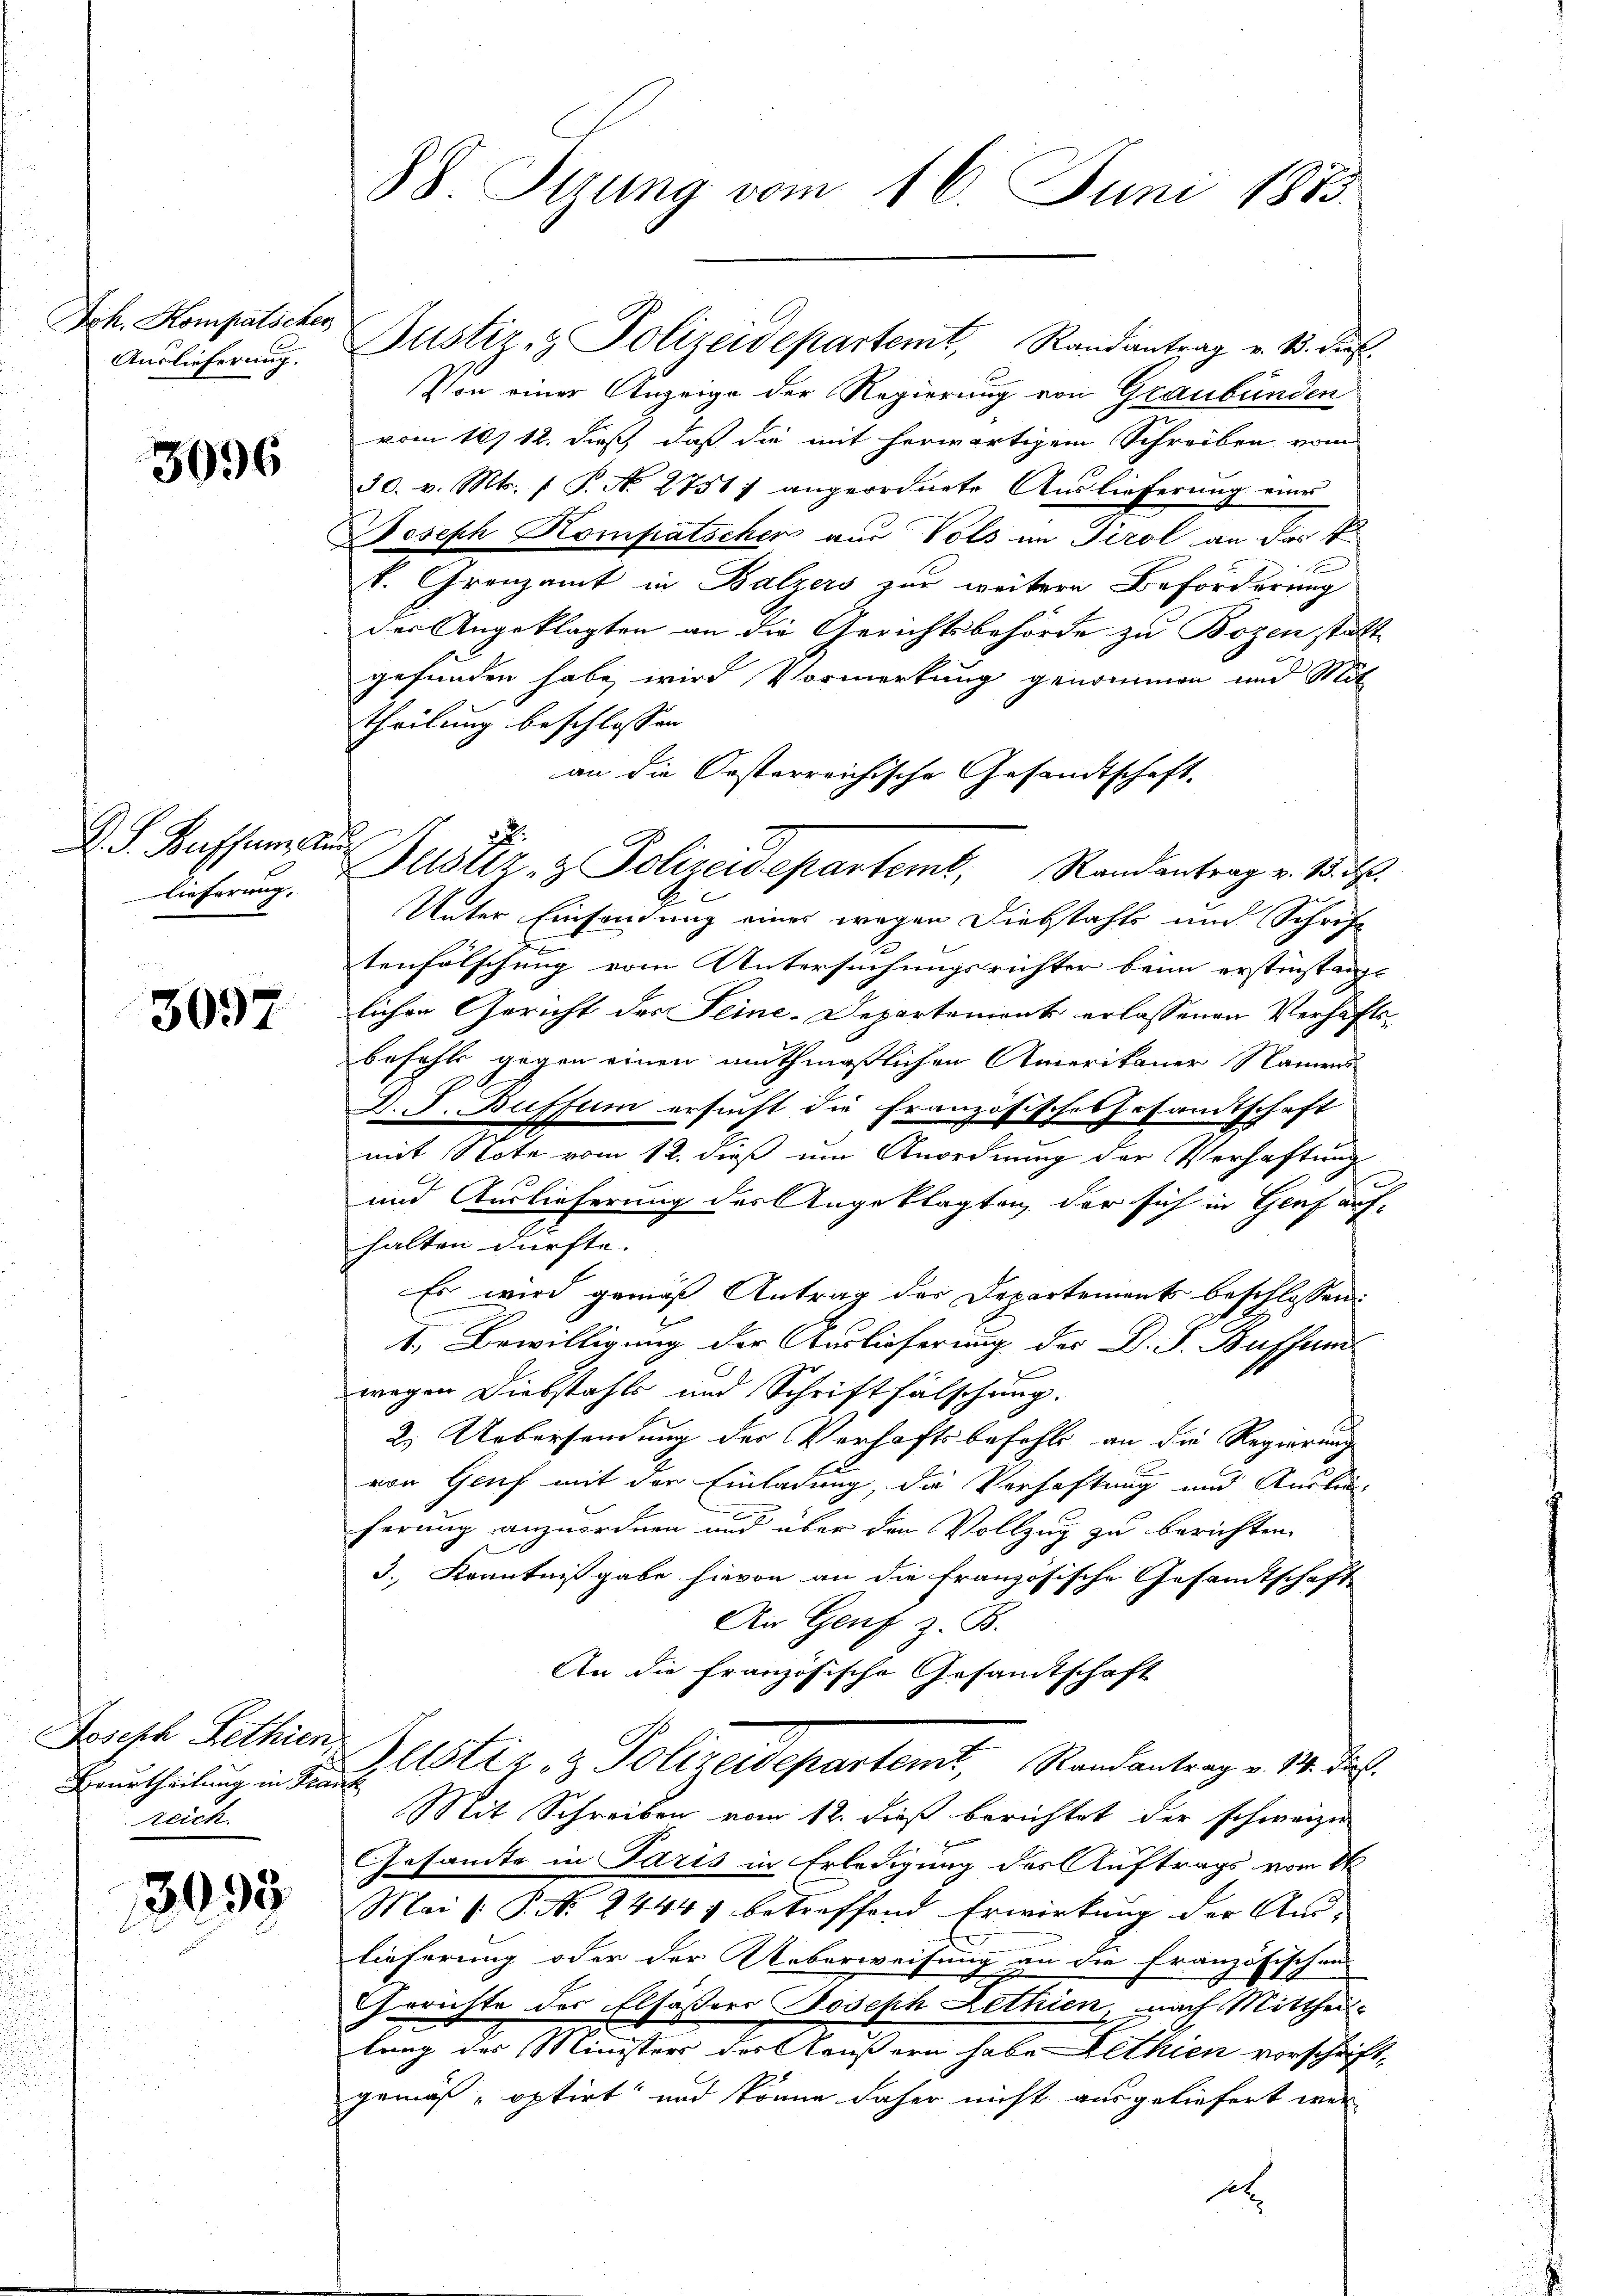
Joh. Kompatscher
Auslieferung.

3096

D. S. Bassen ande
lieferung.

3097

Joseph Pethien,
Beurtheilung in Franz
reich.

3093

Justiz- & Polizeidepartemt, Randantrag v. B. dies
Von einer Anzeige der Regierung von Graubünden
vom 107 12. dieß daß die mit herwärtigem Schreiben vom
30. v. Mts. 1 P. N. 2751) angeordnete Auslieferung eine
Joseph Kompatscher aus Vols im Tirol an das V.
k. Grenzamt in Balzers zur weitere Beförderung
der Angeklagten an die Gerichtsbehörde zu Bozen statt
gefunden habe, wird Vormerkung genommen und Mit
theilung beschlossen
an die Oesterreichische Gesandtschaft.
Unter Einsendung eines wegen Diebstahls und Schrift
tenfälschung vom Untersuchungsrichter beim erstinstanzt
lichen Gericht des Seine-Departement erlassenen Verhaftsbefehls gegen einen muthmaßlichen Amerikaner Namens
D. J. Buffum ersucht die Französisches Gesandtschaft
mit Note vom 12. dieß um Anordnung der Verhaftung
und Auslieferung des Angeklagten der sich in Genf auf-
halten dürfte.
Es wird gemäß Antrag der Departements beschlossen:
I. Bewilligung der Auslieferung der D. S. Bufferm
wegen Diebstahls und Schriftfälschung.
2.) Uebersendung des Verhaftsbefehls an die Regierung
von Genf mit der Einladung, die Verhaftung und Auslieferung anzuordnen und über den Vollzug zu berichten
3., Kenntnißgabe hievon an die französische Gesandtschaft
An Genf z. B.
An die Französische Gesandtschaft
Blustiz- & Polizeidepartemt, Randantrag v. 14. dies
Mit Schreiben vom 12. dieß berichtet der schwarzer
Gesandte in Paris in Erledigung des Auftrags vom 26
Mai l. P. N. 2444 betreffend Erwirkung der Anlieferung oder der Ueberweisung an die Französischen
Gerichte des Elsassers Joseph Lethien, nach Mittheil-
lung des Ministers der Käußern habe Althien vorschrift,
gemäß, optirt und könne daher nicht ausgeliefert wer¬

88 Sirung vom 16. Juni 1883.

Justiz- & Polizeidepartemt, Randantrag v. M. D.

st